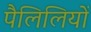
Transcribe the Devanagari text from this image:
पैलिलियों